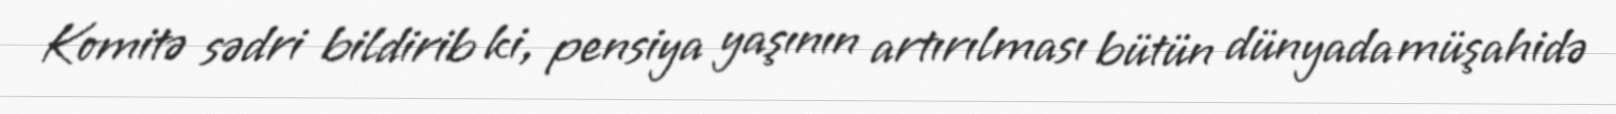
Komitə sədri bildirib ki, pensiya yaşının artırılması bütün dünyada müşahidə